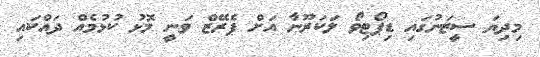
މިދިޔަ ސީޒަނުގައި ޑިޕޯޓިވޯ ލަކަރޫނާ އަށް ޕެރޭޒް ވަނީ މޮޅު ކުޅުމެއް ދައްކައި